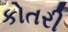
કોતરી